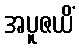
အပူဇယိံ